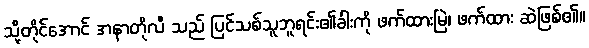
သို့တိုင်အောင် အနာတိုလီ သည် ပြင်သစ်သူဘူရင်း၏ခါးကို ဖက်ထားမြဲ၊ ဖက်ထား ဆဲဖြစ်၏။